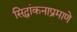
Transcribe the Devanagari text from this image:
सिद्धांकनाप्रमाणे